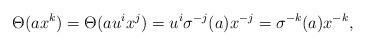
LaTeX: \begin{align*}\Theta(ax^k)= \Theta (au^ix^j) = u^i\sigma^{-j}(a)x^{-j} = \sigma^{-k}(a)x^{-k},\end{align*}